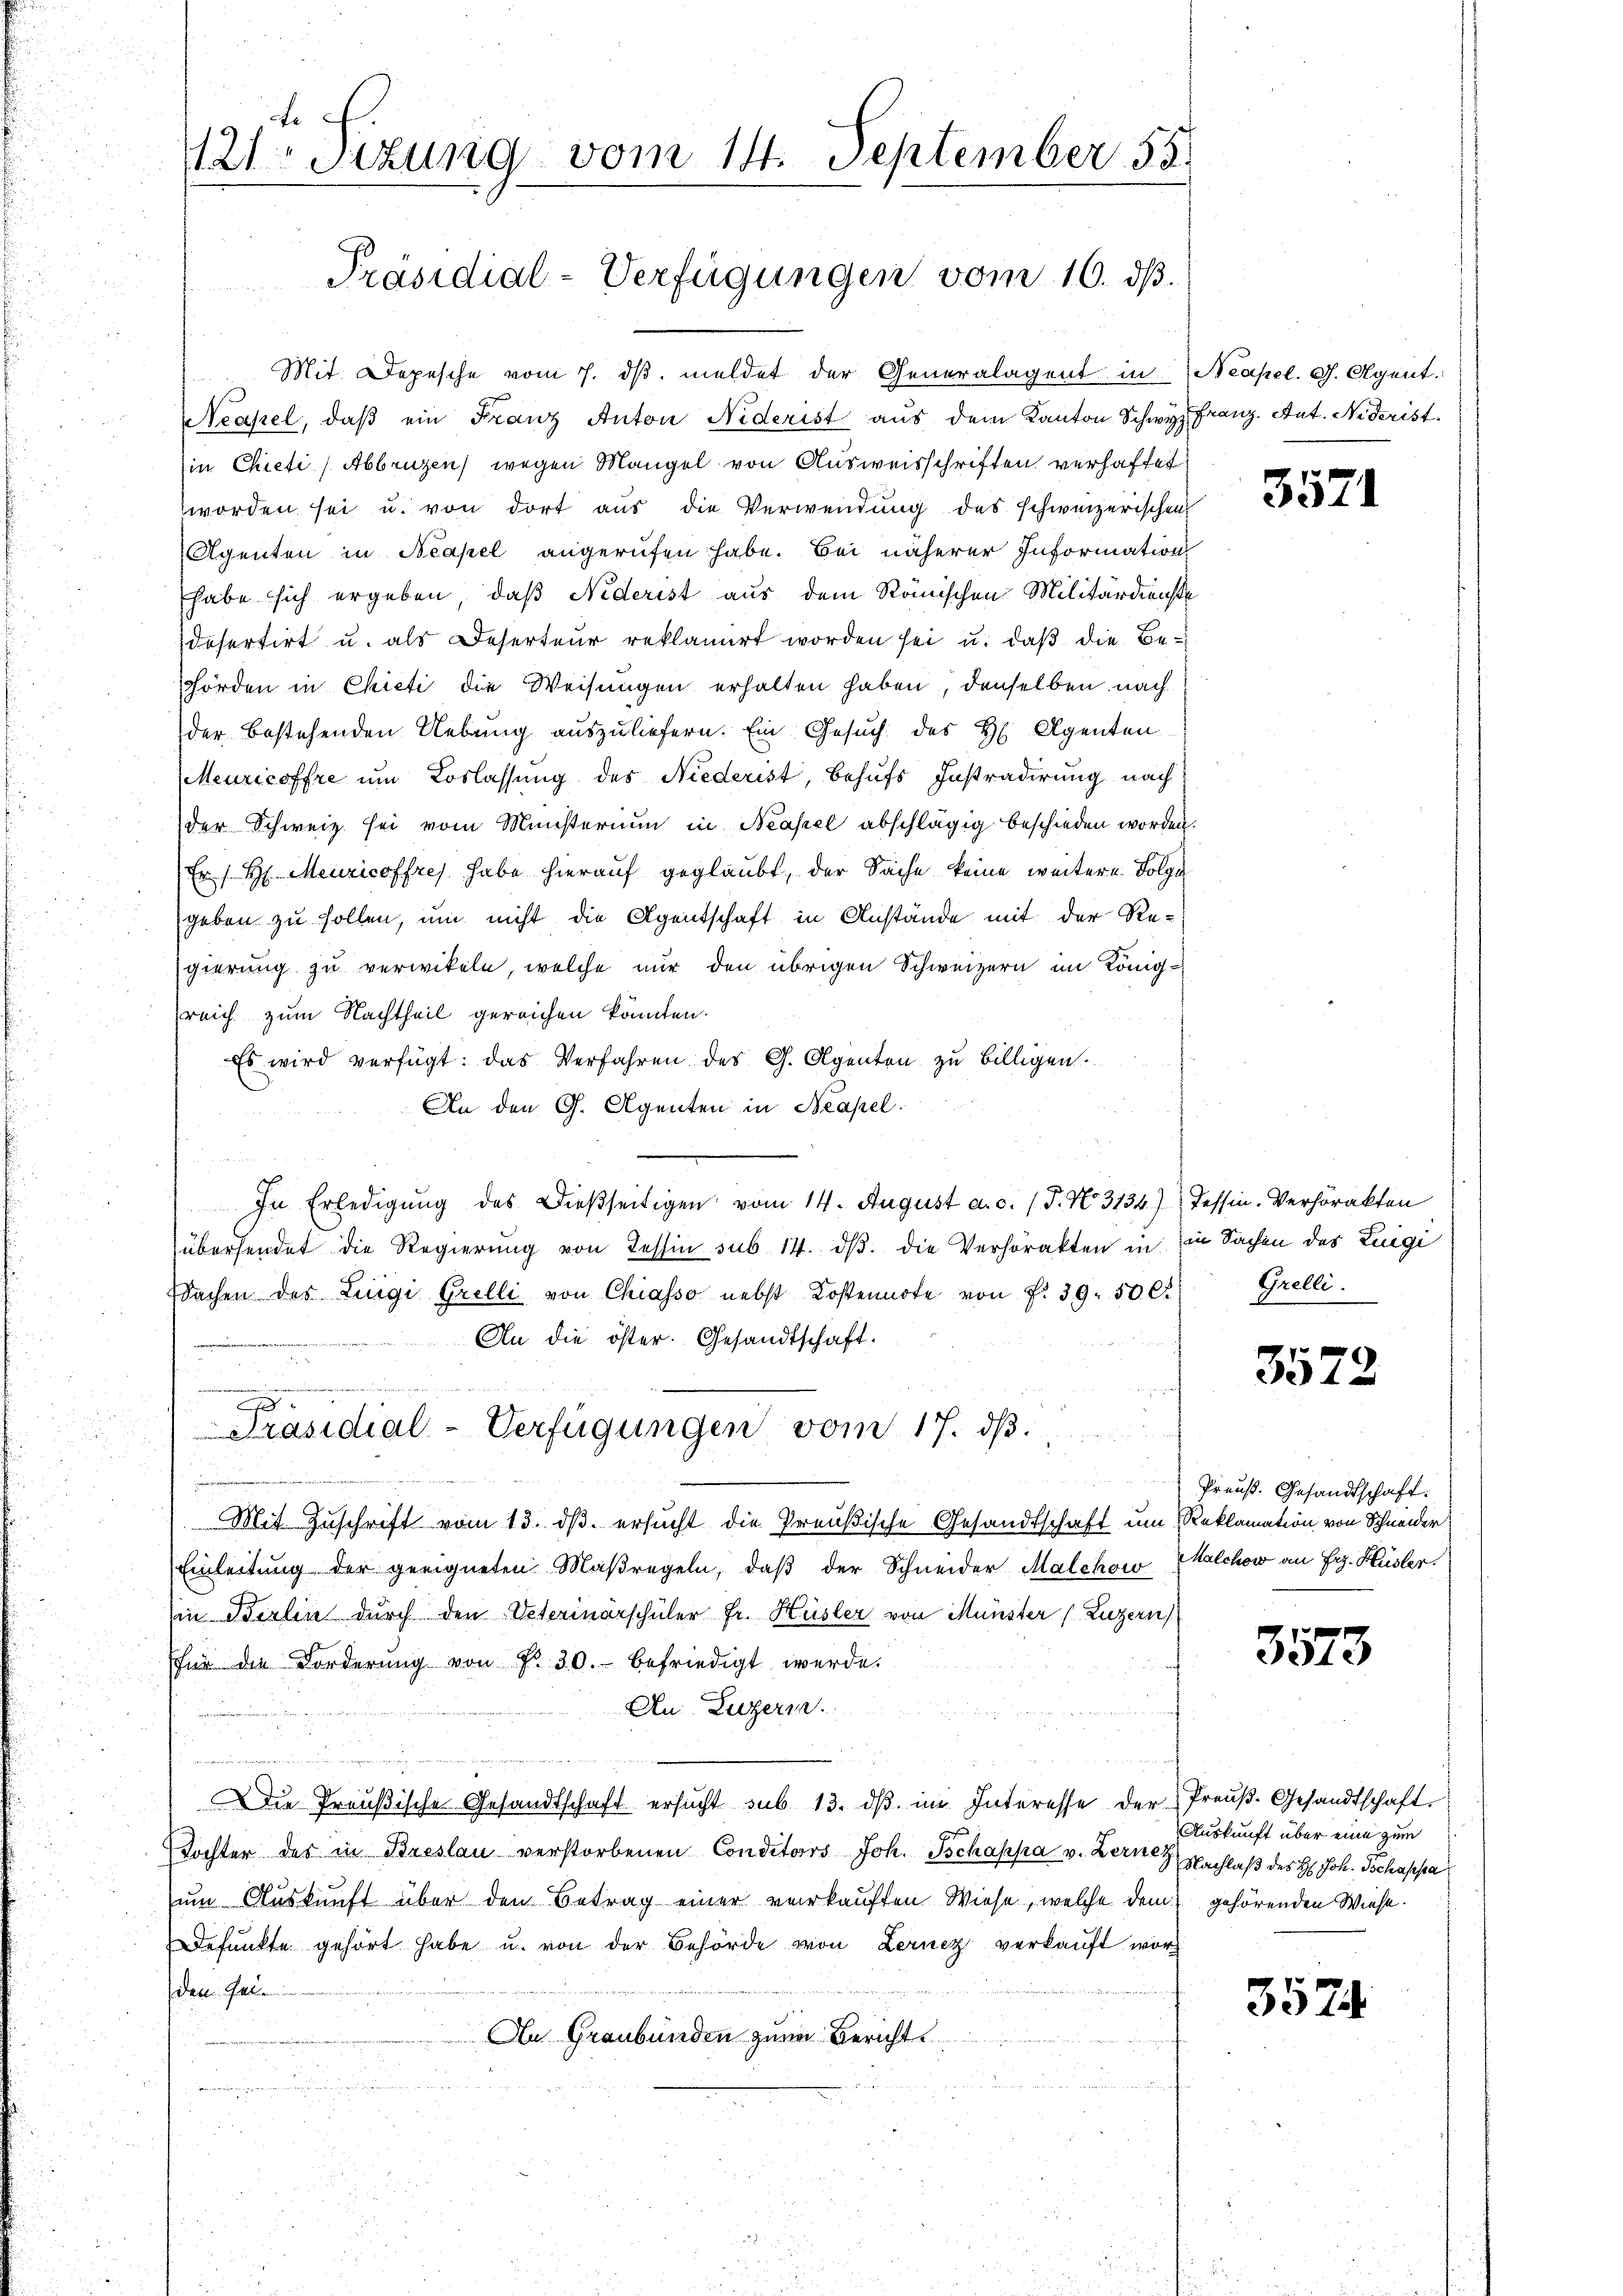
121. Sizung vom 14. September 55.
Präsidial-Verfügungen vom 16. ds.

Mit. Depesche vom 7. dβ meldet der Generalagent in
Neapel, daß ein Franz Anton Niderist aus dem Kanton Schwyin Chieti (Abbruzen wegen Mangel von Ausweisschriften verhaftet
worden sei u. von dort aus die Verwendung des schweizerischen
Agenten in Neapel angerufen habe. Bei näherer Information
habe sich ergeben, daß Nederist aus dem Stänischen Militärdienst
defertirt u. als Deserteur reklamirt worden sei u. daß die Be¬
Förden in Chicti die Weisungen erhalten haben, denselben nach
der bestehenden Uebung auszuliefern. Ein Gesuch des H. Agenten
Meuricoffre um Vorlassung des Niederist, behufs Instradirung nach
der Schweiz sei vom Ministerium in Neapel abschlägig beschieden worden
Er / H. Meuricoffres habe hierauf geglaubt, der Sache keine weitere Folge
geben zu sollen, um nicht die Agentschaft in Anstände mit der Re-
gierung zu verwikeln, welche nur den übrigen Schweizern im König-
reich zum Nachtheil gereichen könnten.
Es wird verfügt: das Verfahren des G. Agenten zu billigen.
An den G. Agenten in Neapel.
In Erledigung des Dießseitigen vom 14. August a. c. (T. No. 3134)) Tessin. Verhörakten
übersendet die Regierung von Tessin sub 14. dβ. die Verhörakten in in Sachen des Luigi
Wachen der Luigi Grelli von Chiasso nebst Kostennote von f. 39. 50 Ct.
An die öster. Gesandtschaft.
.
Präsidial-Verfügungen vom 17. ds.
Mit Zuschrift vom 13. ds. ersucht die Preußische Gesandtschaft um Reklamation von Schneider
Einleitung der geeigneten Maßregeln, daβ der Schneider Malchowalchow an Frz. Hüsler.
(in Berlin durch den Veterinärschüler Fr. Hüsler von Münster (Luzern
für die Forderŭng von Fr. 30. befriedigt werde.
An Luzern.
Die Preußische Gesandtschaft ersŭcht sub 13. dβ im Interesse der Preŭβ- Gesandtschaft.
Tochter des in Breslau verstorbenen Conditors Joh. Tschappa v. Berne Nachlaß des H. Joh. Tschappa
um Auskunft über den Betrag einer verkauften Wiese, welche dem gehörenden Wiese.
defŭnkte gehört habe u. von der Behörde von Lernez verkaŭft wor
dete. Galle
An Graubünden zum Bericht
e

Neapel. G. Agent.
Franz. Ant. Niderist.

3571

Grelli.

3572

Preuß. Gesandtschaft.

3573

Auskunft über eine zum

3574.